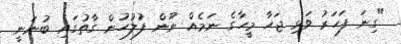
"ގިނަ ފަހަރު ވަޅި ޖަހާ މީހާގެ ނަމެއް ނޫން ފުލުހުން ގާތުގައި ބުނަނީ